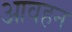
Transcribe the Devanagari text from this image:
आवहन